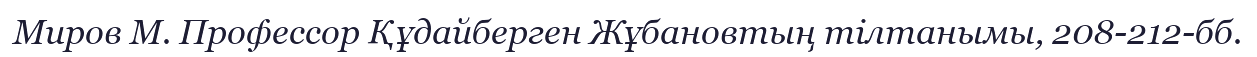
Миров М. Профессор Құдайберген Жұбановтың тілтанымы, 208-212-бб.